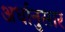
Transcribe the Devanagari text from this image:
अर्धानुसार